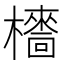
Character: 𣞱